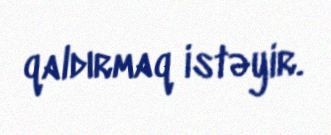
qaldırmaq istəyir.